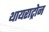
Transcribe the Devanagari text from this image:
थायराट्रोन